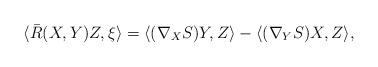
LaTeX: \begin{align*}\langle\bar{R}(X,Y)Z,\xi\rangle= \langle(\nabla_X S)Y,Z\rangle-\langle(\nabla_Y S)X,Z\rangle, \end{align*}